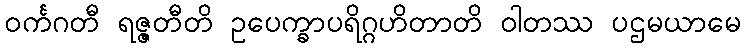
ဝင်္ကဂတီ ရဇ္ဇတီတိ ဥပေက္ခာပရိဂ္ဂဟိတာတိ ဝါတဿ ပဌမယာမေ